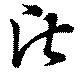
盾